Annual report on the Civil Veterinary Department, Burma (including the Insein Veterinary School) - 1910-1922
Year: 1910
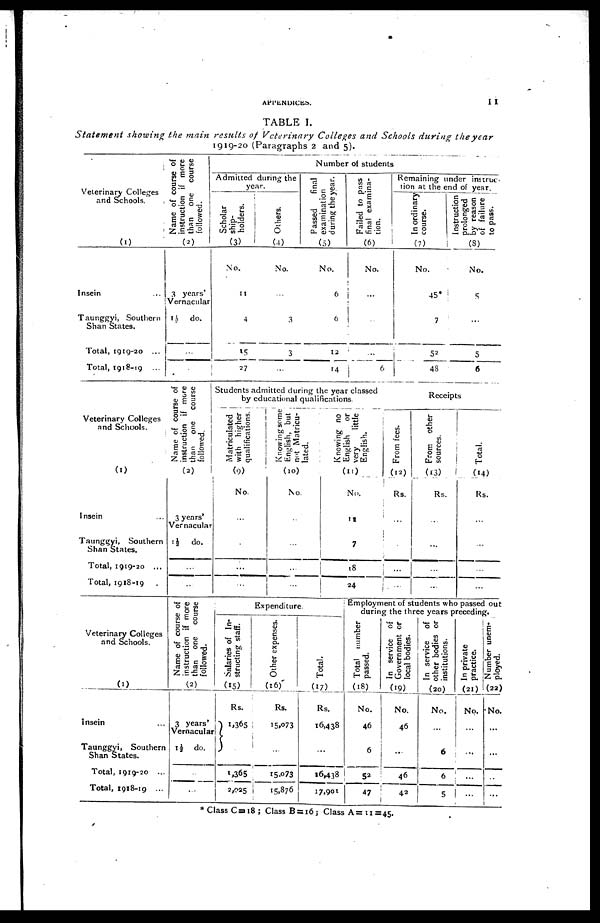
APPENDICES.
11
TABLE I.
Statement showing the main results of Veterinary Colleges and Schools during the year
1919-20 (Paragraphs 2 and 5).
Veterinary Colleges
and Schools.
(1)
Insein ...
Taunggyi, Southern
Shan States.
Total, 1919-30 ...
Total, 1918-19 ...
Name of course of
instruction if more
than one course
followed.
(2)
3 years'
Vernacular
1½ do.
...
...
Admitted during the
year.
Scholar
ship-
holders.
(3)
No.
11
4
15
27
Others.
(4)
No.
...
3
3
...
Number of students
Passed
final
examination
during the year.
(5)
No.
6
6
12
14
Failed to pass
final examina-
tion.
(6)
No.
...
...
...
6
Remaining under instruc-
tion at the end of year.
In ordinary
course.
(7)
No.
45*
7
52
48
Instruction
prolonged
by reason
of failure
to pass.
(8)
No.
5
...
5
6
Veterinary Colleges
and Schools.
(1)
Insein ...
Taunggyi, Southern
Shan States.
Total, 1919-20 ...
Total, 1918-19 .
Name of course of
instruction if more
than one course
followed.
(2)
3 years'
Vernacular
11 do.
...
...
Students admitted during the year classed
by educational qualifications
Matriculated
with higher
qualifications.
(9)
No.
...
...
...
...
Knowing some
English, but
not Matricu-
lated.
(10)
No.
...
...
...
...
Knowing no
English
or
very
little
English.
(11)
No.
11
7
18
24
Fr om fees.
(12)
Rs.
...
...
...
...
Receipts
From other
sources.
(13)
Rs.
...
...
...
...
Total.
(14)
Rs.
...
...
...
...
Veterinary Colleges
and Schools.
(1)
Insein ...
Taunggyi, Southern
Shan States.
Total, 1919-20 ...
Total, 1918-19 ...
Name of course of
instruction if more
than one course
followed.
(2)
3 years'
Vernacular
1½ do.
...
...
Expenditure.
Salaries of In-
structing staff.
(15)
Rs.
1,365
1,365
2,025
Other expenses.
(16)
Rs.
15,073
...
15,073
15,876
Total.
(17)
Rs.
16,438
...
16,438
17,901
Employment of students who passed out
during the three years preceding.
Total number
passed.
(18)
No.
46
6
52
47
In service of
Government or
local bodies.
(19)
No.
46
...
46
42
In service of
other bodies or
institutions.
(20)
No.
...
6
6
5
In private
practice.
(21)
No.
...
...
...
...
Number unem-
ployed.
(23)
No.
...
...
...
...
*Class Co 18; Class B = 16; Class As 11=45.